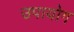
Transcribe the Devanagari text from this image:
उपायोग